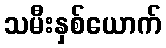
သမီးနှစ်ယောက်